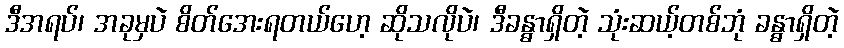
ဒီအရပ်၊ အခုမှပဲ စိတ်အေးရတယ်ဟေ့ ဆိုသလိုပဲ၊ ဒီခန္ဓာရှိတဲ့ သုံးဆယ့်တစ်ဘုံ ခန္ဓာရှိတဲ့